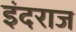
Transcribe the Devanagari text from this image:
इंदराज